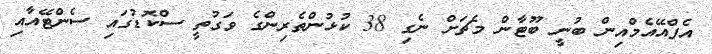
އެފްއޭއެމްއިން ބުނީ ބޫޓާން މެޗަށް ނެގި 38 ކުޅުންތެރިންގެ ވަގުތީ ސްކޮޑުގައި ސެންޓޭއާއި